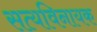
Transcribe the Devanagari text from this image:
सत्यविनायक